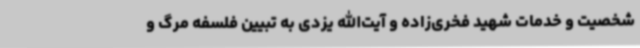
شخصیت و خدمات شهید فخری‌زاده و آیت‌الله یزدی به تبیین فلسفه مرگ و